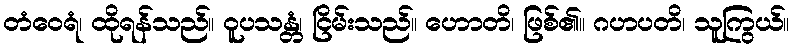
တံဝေရံ၊ ထိုရန်သည်။ ဝူပသန္တံ၊ ငြိမ်းသည်။ ဟောတိ၊ ဖြစ်၏။ ဂဟပတိ၊ သူကြွယ်။